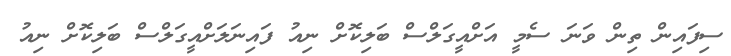
ސިފައިން ތިން ވަނަ ސެމީ އަށްއީގަލްސް ބަލިކޮށް ނިއު ފައިނަލަށްއީގަލްސް ބަލިކޮށް ނިއު